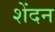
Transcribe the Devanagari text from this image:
शेंदन